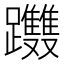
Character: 𨈂